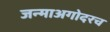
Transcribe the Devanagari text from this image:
जन्माअगोदरच